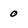
Character: 0